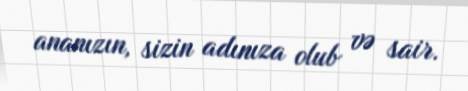
ananızın, sizin adınıza olub və sair.